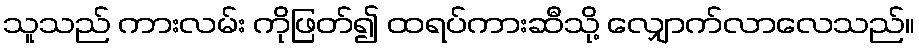
သူသည် ကားလမ်း ကိုဖြတ်၍ ထရပ်ကားဆီသို့ လျှောက်လာလေသည်။